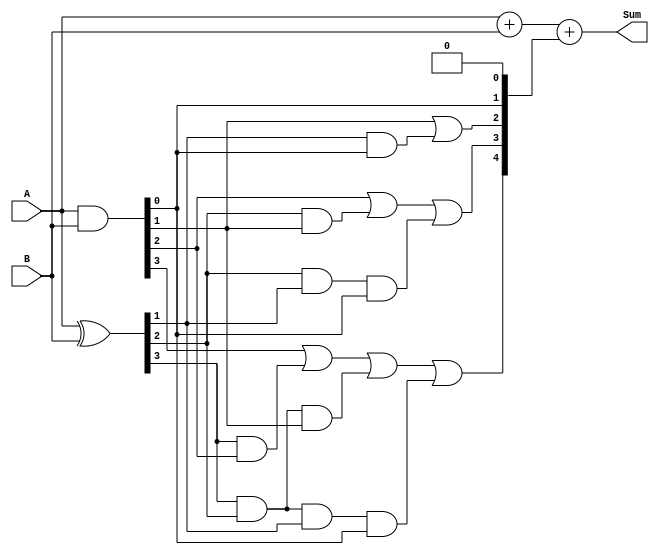
module carry_lookahead_adder (
    input wire [3:0] A,
    input wire [3:0] B,
    output wire [4:0] Sum
);

wire [3:0] P, G;
wire [4:0] C;

assign P = A ^ B;
assign G = A & B;

assign C[0] = 1'b0;
assign C[1] = G[0] | (P[0] & C[0]);
assign C[2] = G[1] | (P[1] & G[0]) | (P[1] & P[0] & C[0]);
assign C[3] = G[2] | (P[2] & G[1]) | (P[2] & P[1] & G[0]) | (P[2] & P[1] & P[0] & C[0]);
assign C[4] = G[3] | (P[3] & G[2]) | (P[3] & P[2] & G[1]) | (P[3] & P[2] & P[1] & G[0]) | (P[3] & P[2] & P[1] & P[0] & C[0]);

assign Sum = A + B + C;

endmodule